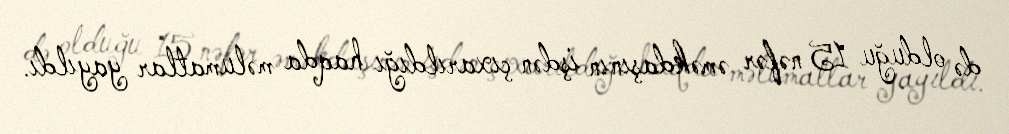
də olduğu 15 nəfər əməkdaşının işdən çıxarıldığı haqda məlumatlar yayıldı.